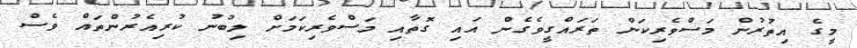
މީގެ އިތުރުން މަސްވެރިކަން ތަރައްގީވެގެން އައި ގޮތާއި މަސްވެރިކަމަށް ލިބުނު ކުރިއެރުންތައް ވެސް